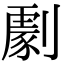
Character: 𠟵